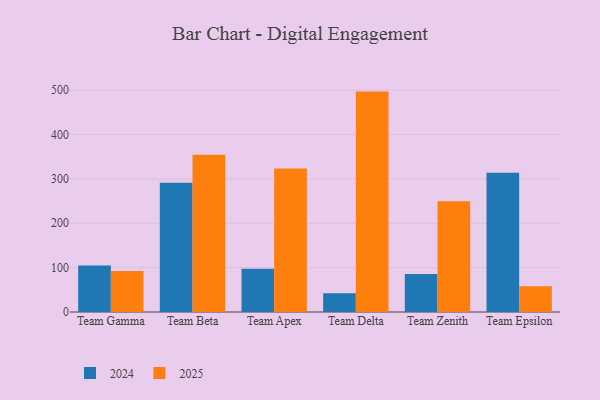
{"axis": {"x": "Team", "y": "Shipments"}, "legend": ["2024", "2025"], "data": [{"x": "Team Gamma", "y": 92.5, "type": "2025"}, {"x": "Team Gamma", "y": 104.6, "type": "2024"}, {"x": "Team Beta", "y": 354.0, "type": "2025"}, {"x": "Team Beta", "y": 291.1, "type": "2024"}, {"x": "Team Apex", "y": 323.4, "type": "2025"}, {"x": "Team Apex", "y": 97.2, "type": "2024"}, {"x": "Team Delta", "y": 496.5, "type": "2025"}, {"x": "Team Delta", "y": 42.3, "type": "2024"}, {"x": "Team Zenith", "y": 249.3, "type": "2025"}, {"x": "Team Zenith", "y": 85.7, "type": "2024"}, {"x": "Team Epsilon", "y": 57.8, "type": "2025"}, {"x": "Team Epsilon", "y": 313.8, "type": "2024"}]}